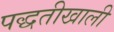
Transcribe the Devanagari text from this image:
पद्धतीखाली